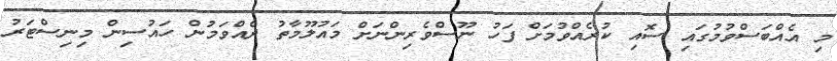
މި އެއްބަސްވުމުގައި ސޮއި ކުރެއްވުމަށް ފަހު ނޫސްވެރިންނަށް މައުލޫމާތު ދެއްވަމުން ހައުސިން މިނިސްޓަރު